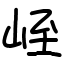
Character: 峌